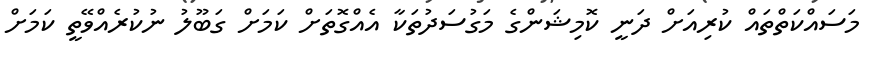
މަސައްކަތްތައް ކުރިއަށް ދަނީ ކޮމިޝަންގެ މަގުސަދުތަކާ އެއްގޮތަށް ކަމަށް ގަބޫލު ނުކުރެއްވޭތީ ކަމަށް